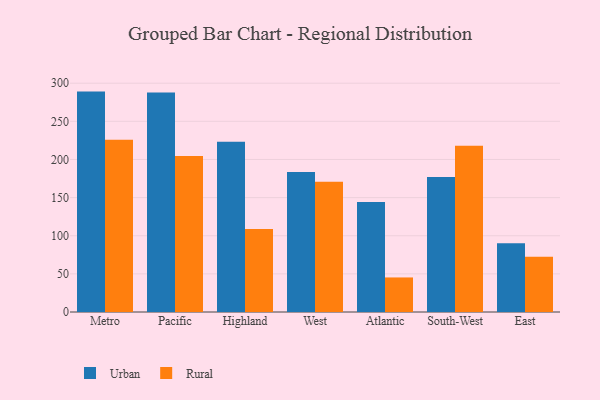
{"axis": {"x": "Region", "y": "Page Views"}, "legend": ["Rural", "Urban"], "data": [{"x": "Metro", "y": 289.0, "type": "Urban"}, {"x": "Metro", "y": 225.9, "type": "Rural"}, {"x": "Pacific", "y": 287.7, "type": "Urban"}, {"x": "Pacific", "y": 204.5, "type": "Rural"}, {"x": "Highland", "y": 223.2, "type": "Urban"}, {"x": "Highland", "y": 108.8, "type": "Rural"}, {"x": "West", "y": 183.7, "type": "Urban"}, {"x": "West", "y": 170.7, "type": "Rural"}, {"x": "Atlantic", "y": 144.2, "type": "Urban"}, {"x": "Atlantic", "y": 45.3, "type": "Rural"}, {"x": "South-West", "y": 177.0, "type": "Urban"}, {"x": "South-West", "y": 218.1, "type": "Rural"}, {"x": "East", "y": 90.3, "type": "Urban"}, {"x": "East", "y": 72.5, "type": "Rural"}]}